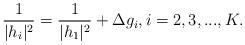
LaTeX: \begin{align*}\frac{1}{|h_i|^2}=\frac{1}{|h_1|^2}+\Delta g_i, i=2,3,...,K.\end{align*}